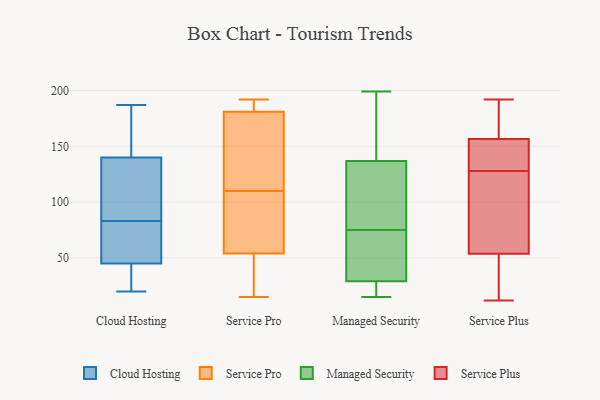
{"axis": {"x": "Gross Profit (USD K)", "y": "Value"}, "legend": ["Cloud Hosting", "Managed Security", "Service Plus", "Service Pro"], "data": [{"x": "", "y": 183, "type": "Cloud Hosting"}, {"x": "", "y": 83, "type": "Cloud Hosting"}, {"x": "", "y": 79, "type": "Cloud Hosting"}, {"x": "", "y": 186, "type": "Cloud Hosting"}, {"x": "", "y": 145, "type": "Cloud Hosting"}, {"x": "", "y": 117, "type": "Cloud Hosting"}, {"x": "", "y": 24, "type": "Cloud Hosting"}, {"x": "", "y": 125, "type": "Cloud Hosting"}, {"x": "", "y": 44, "type": "Cloud Hosting"}, {"x": "", "y": 68, "type": "Cloud Hosting"}, {"x": "", "y": 187, "type": "Cloud Hosting"}, {"x": "", "y": 103, "type": "Cloud Hosting"}, {"x": "", "y": 20, "type": "Cloud Hosting"}, {"x": "", "y": 48, "type": "Cloud Hosting"}, {"x": "", "y": 42, "type": "Cloud Hosting"}, {"x": "", "y": 15, "type": "Service Pro"}, {"x": "", "y": 51, "type": "Service Pro"}, {"x": "", "y": 110, "type": "Service Pro"}, {"x": "", "y": 101, "type": "Service Pro"}, {"x": "", "y": 94, "type": "Service Pro"}, {"x": "", "y": 142, "type": "Service Pro"}, {"x": "", "y": 192, "type": "Service Pro"}, {"x": "", "y": 78, "type": "Service Pro"}, {"x": "", "y": 55, "type": "Service Pro"}, {"x": "", "y": 187, "type": "Service Pro"}, {"x": "", "y": 19, "type": "Service Pro"}, {"x": "", "y": 189, "type": "Service Pro"}, {"x": "", "y": 181, "type": "Service Pro"}, {"x": "", "y": 181, "type": "Service Pro"}, {"x": "", "y": 18, "type": "Service Pro"}, {"x": "", "y": 149, "type": "Service Pro"}, {"x": "", "y": 113, "type": "Service Pro"}, {"x": "", "y": 121, "type": "Managed Security"}, {"x": "", "y": 47, "type": "Managed Security"}, {"x": "", "y": 17, "type": "Managed Security"}, {"x": "", "y": 199, "type": "Managed Security"}, {"x": "", "y": 127, "type": "Managed Security"}, {"x": "", "y": 62, "type": "Managed Security"}, {"x": "", "y": 33, "type": "Managed Security"}, {"x": "", "y": 24, "type": "Managed Security"}, {"x": "", "y": 28, "type": "Managed Security"}, {"x": "", "y": 136, "type": "Managed Security"}, {"x": "", "y": 137, "type": "Managed Security"}, {"x": "", "y": 194, "type": "Managed Security"}, {"x": "", "y": 75, "type": "Managed Security"}, {"x": "", "y": 61, "type": "Managed Security"}, {"x": "", "y": 15, "type": "Managed Security"}, {"x": "", "y": 76, "type": "Managed Security"}, {"x": "", "y": 182, "type": "Managed Security"}, {"x": "", "y": 187, "type": "Managed Security"}, {"x": "", "y": 22, "type": "Managed Security"}, {"x": "", "y": 114, "type": "Service Plus"}, {"x": "", "y": 178, "type": "Service Plus"}, {"x": "", "y": 86, "type": "Service Plus"}, {"x": "", "y": 81, "type": "Service Plus"}, {"x": "", "y": 161, "type": "Service Plus"}, {"x": "", "y": 47, "type": "Service Plus"}, {"x": "", "y": 56, "type": "Service Plus"}, {"x": "", "y": 19, "type": "Service Plus"}, {"x": "", "y": 12, "type": "Service Plus"}, {"x": "", "y": 150, "type": "Service Plus"}, {"x": "", "y": 131, "type": "Service Plus"}, {"x": "", "y": 128, "type": "Service Plus"}, {"x": "", "y": 146, "type": "Service Plus"}, {"x": "", "y": 192, "type": "Service Plus"}, {"x": "", "y": 168, "type": "Service Plus"}, {"x": "", "y": 155, "type": "Service Plus"}, {"x": "", "y": 44, "type": "Service Plus"}]}